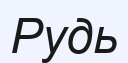
Рудь